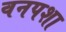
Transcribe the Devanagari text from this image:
वनपशा